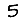
Digit: 5